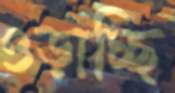
ওড়াচ্ছি